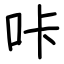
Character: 咔